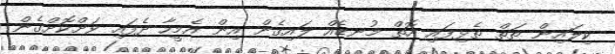
ކިލައިން ތަތް ތެޅިފައި އޮތް މުނޑެއް ލައިގެން އިން އެމީހާ ދެފައި ވަށްކޮށްގެން